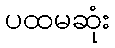
ပထမဆုံး